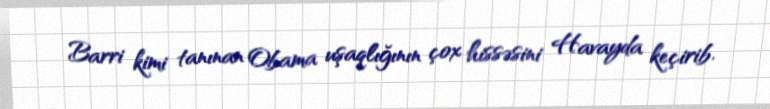
Barri kimi tanınan Obama uşaqlığının çox hissəsini Havayda keçirib.